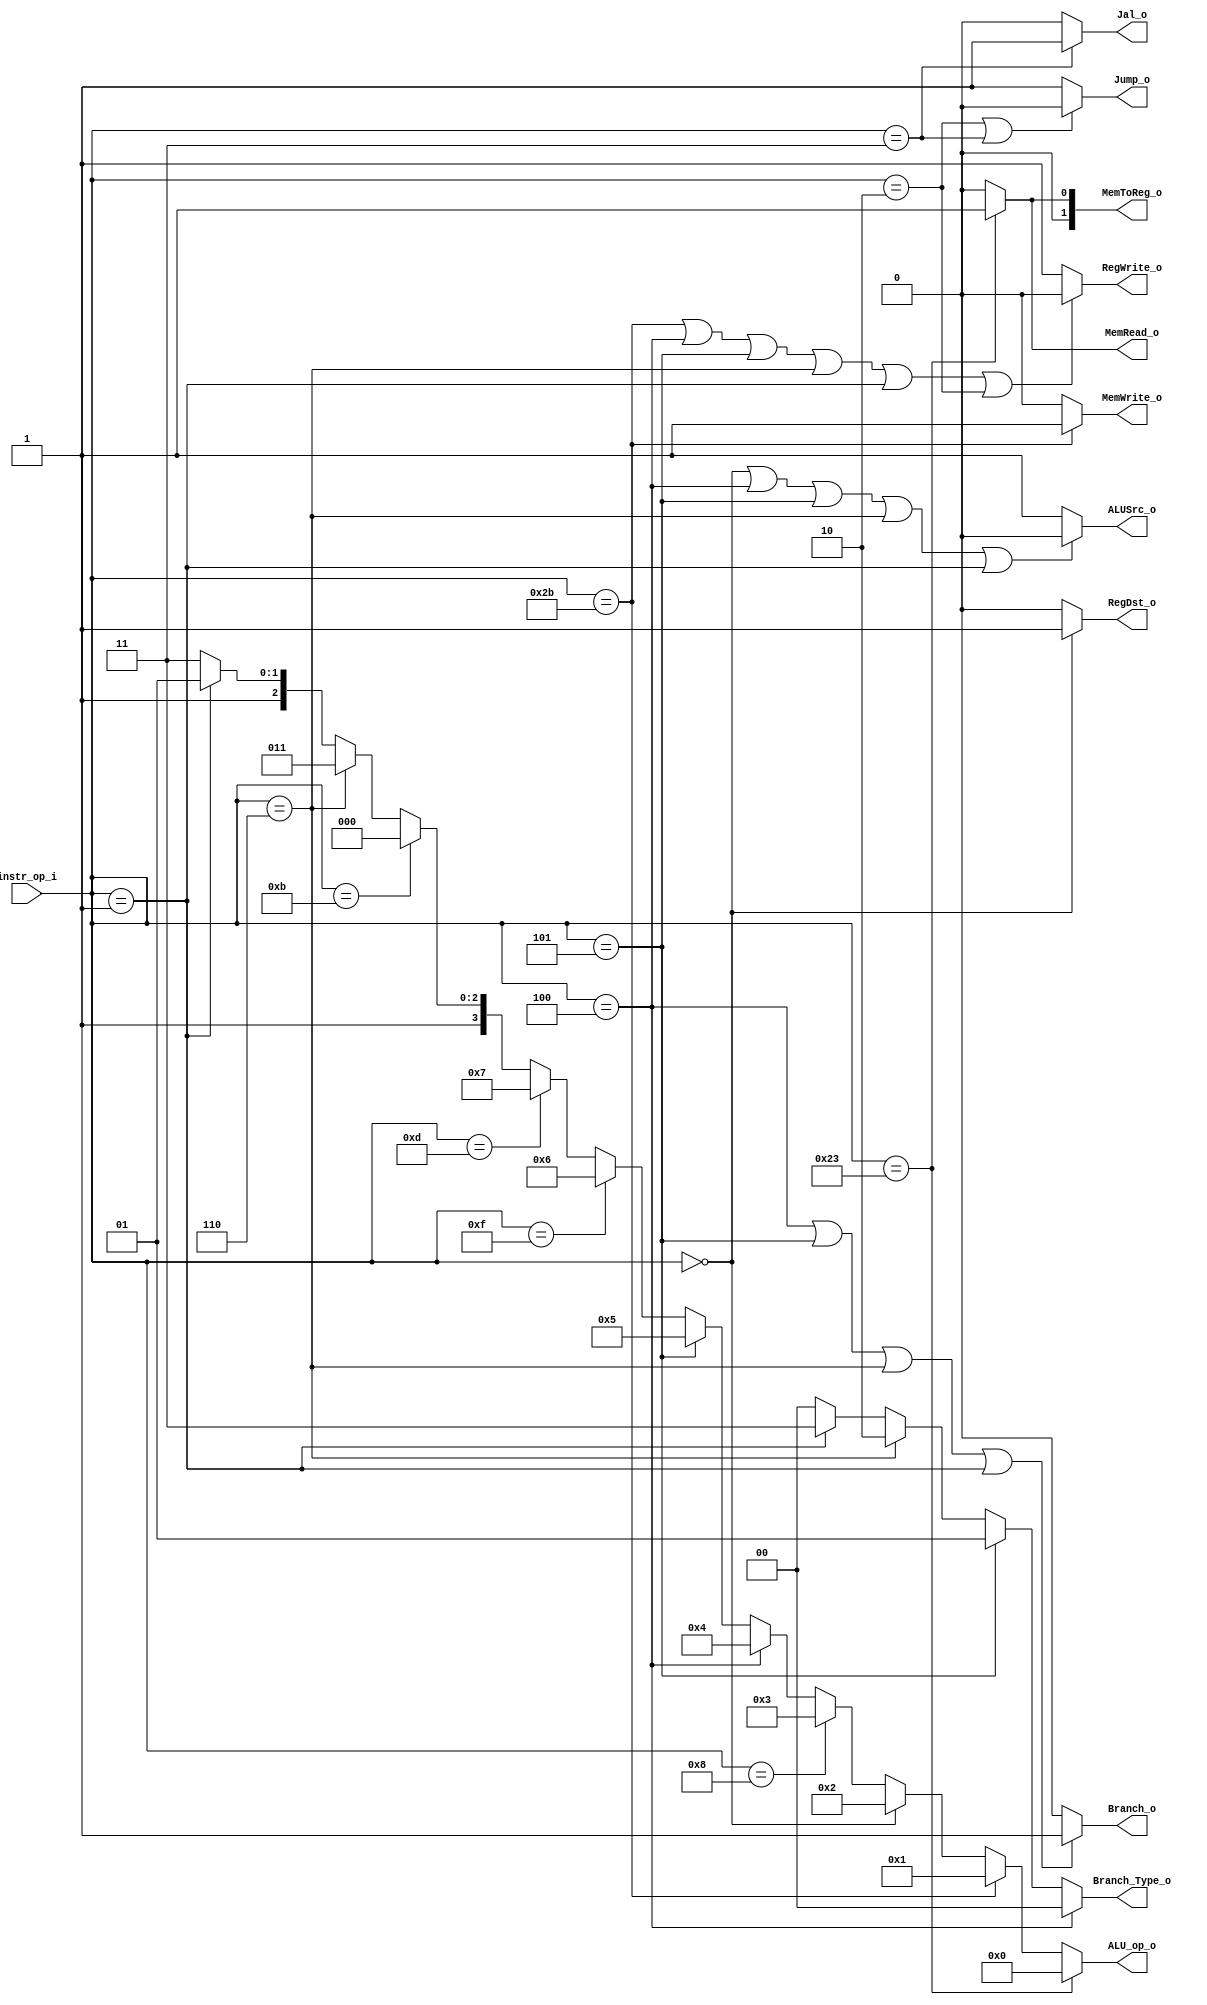
//Subject:     CO project 2 - Decoder
//--------------------------------------------------------------------------------
//Version:     1
//--------------------------------------------------------------------------------
//Writer:      0616221 Yu-Chen Hsiao
//----------------------------------------------
//----------------------------------------------
//Description:
//--------------------------------------------------------------------------------

module Decoder(
              instr_op_i,
              RegWrite_o,
              Branch_o,
              MemToReg_o,
              Branch_Type_o,
              Jump_o,
              Jal_o,
              MemRead_o,
              MemWrite_o,
              ALU_op_o,
              ALUSrc_o,
              RegDst_o
              );

  //I/O ports
  input  [6-1:0] instr_op_i;
  output         RegWrite_o;
  output         Branch_o;
  output [2-1:0] MemToReg_o;
  output [2-1:0] Branch_Type_o;
  output         Jump_o;
  output         Jal_o;
  output         MemRead_o;
  output         MemWrite_o;
  output [4-1:0] ALU_op_o;
  output         ALUSrc_o;
  output         RegDst_o;

  //Internal Signals
  wire           RegWrite_o;
  wire           Branch_o;
  wire   [2-1:0] MemToReg_o;
  wire           Jump_o;
  wire           Jal_o;
  wire           MemRead_o;
  wire           MemWrite_o;
  wire   [4-1:0] ALU_op_o;
  wire           ALUSrc_o;
  wire           RegDst_o;

  //Parameter


  //Main function
  assign ALU_op_o = (instr_op_i==6'b100011) ? 4'b0000 :  // lw
                    (instr_op_i==6'b101011) ? 4'b0001 :  // sw
                    (instr_op_i==6'b000000) ? 4'b0010 :  // R-type
                    (instr_op_i==6'b001000) ? 4'b0011 :  // addi
                    (instr_op_i==6'b000100) ? 4'b0100 :  // beq
                    (instr_op_i==6'b000101) ? 4'b0101 :  // bnez(bnq)
                    (instr_op_i==6'b001111) ? 4'b0110 :  // li
                    (instr_op_i==6'b001101) ? 4'b0111 :  // ori
                    (instr_op_i==6'b001011) ? 4'b1000 :  // sltiu
                    (instr_op_i==6'b000110) ? 4'b1011 :  // ble
                    (instr_op_i==6'b000001) ? 4'b1101 :  // bltz
                                              4'b1111 ;

  // Don't need to read data
  assign RegWrite_o = (instr_op_i == 6'b101011 |  // sw
                       instr_op_i == 6'b000100 |  // beq
                       instr_op_i == 6'b000101 |  // bnez
                       instr_op_i == 6'b000110 |  // ble
                       instr_op_i == 6'b000001 |  // bltz
                       instr_op_i == 6'b000010 )  // j
                                   ? 0 : 1;
  // Branch
  assign Branch_o   = (instr_op_i == 6'b000100 |  // beq
                       instr_op_i == 6'b000101 |  // bnez
                       instr_op_i == 6'b000110 |  // ble
                       instr_op_i == 6'b000001 )  // bltz
                                   ? 1 : 0;
  // Data memory to register
  assign MemToReg_o = (instr_op_i == 6'b100011) ? 2'b01 : // readData_DM
                                                  2'b00 ; // result
  // Branch Type
  assign Branch_Type_o = (instr_op_i == 6'b000100) ? 2'b00 :  // beq
                         (instr_op_i == 6'b000101) ? 2'b01 :  // bnez
                         (instr_op_i == 6'b000110) ? 2'b10 :  // ble
                         (instr_op_i == 6'b000001) ? 2'b11 :  // bltz
                                                     2'b00 ;  // default
  // Jump : j, jal
  assign Jump_o = (instr_op_i == 6'b000010 | instr_op_i == 6'b000011) ? 0 : 1;
  // Jal
  assign Jal_o = (instr_op_i == 6'b000011) ? 1 : 0;
  // Load word
  assign MemRead_o = (instr_op_i == 6'b100011) ? 1 : 0; // lw
  // Store word
  assign MemWrite_o = (instr_op_i == 6'b101011) ? 1 : 0;  // sw
  // Read readData2 or offset from register file
  assign ALUSrc_o   = (instr_op_i == 6'b000000 |          // R-type
                       instr_op_i == 6'b000100 |          // beq
                       instr_op_i == 6'b000101 |          // bnez
                       instr_op_i == 6'b000110 |          // ble
                       instr_op_i == 6'b000001 ) ? 0 : 1; // bltz
  // Set Rd(1) or Rt(0) as destination
  assign RegDst_o   = (instr_op_i == 6'b000000) ? 1 : 0;  // R-type

endmodule